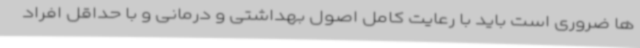
ها ضروری است باید با رعایت کامل اصول بهداشتی و درمانی و با حداقل افراد